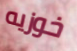
خوزيه